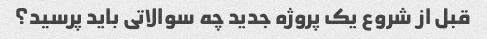
قبل از شروع یک پروژه جدید چه سوالاتی باید پرسید؟